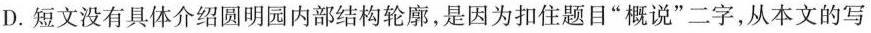
D.短文没有具体介绍圆明园内部结构轮廓，是因为扣住题目”概说”二字，从本文的写